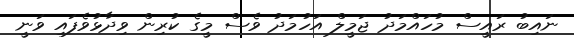
ނައިބު ރައީސް މުހައްމަދު ޖަމީލް އަހުމަދު ވެސް މީގެ ކުރިން ވިދާޅުވެފައި ވަނީ